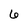
Character: 6